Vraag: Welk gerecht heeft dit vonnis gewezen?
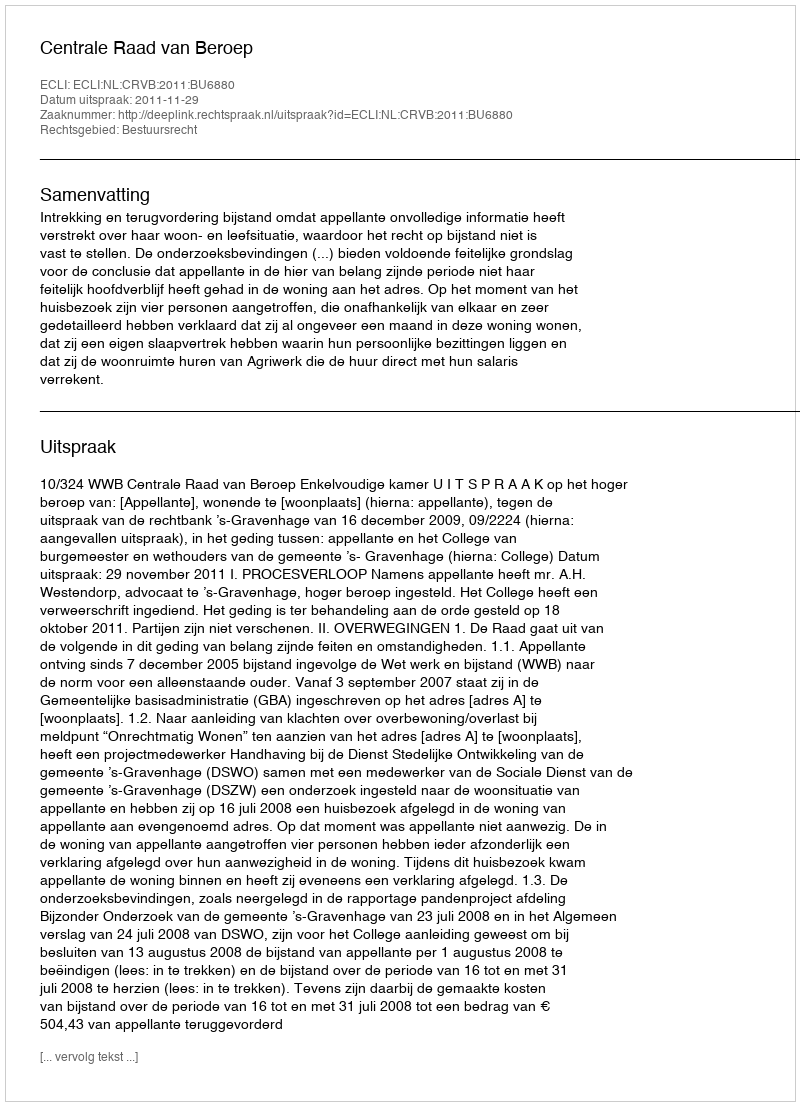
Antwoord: Centrale Raad van Beroep